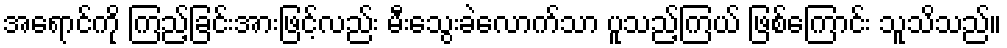
အရောင်ကို ကြည့်ခြင်းအားဖြင့်လည်း မီးသွေးခဲလောက်သာ ပူသည့်ကြယ် ဖြစ်ကြောင်း သူသိသည်။